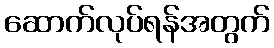
ဆောက်လုပ်ရန်အတွက်